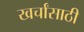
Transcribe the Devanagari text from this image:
खर्चांसाठी